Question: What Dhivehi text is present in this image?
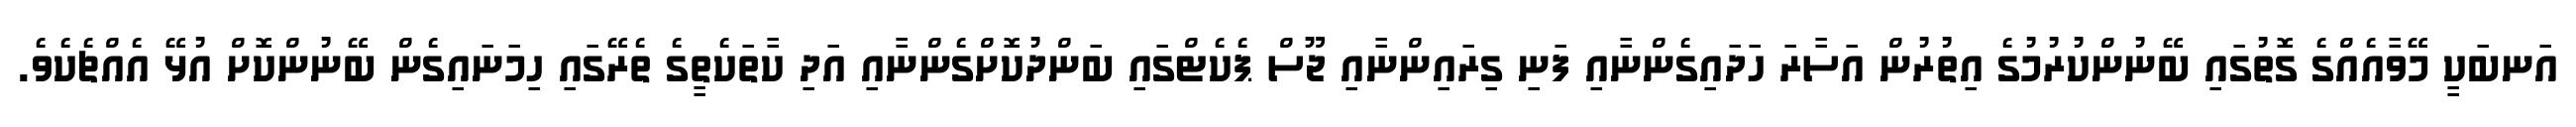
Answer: އަނބަކީ މޭވާއެއްގެ ގޮތުގައި ބޭނުންކުރުމުގެ އިތުރުން އަސާރަ ހަދައިގެންނާއި ފަނި ގިރައިންނާއި ޖޫސް ޕެކެޓްގައި ބަންދުކޮށްގެންނާއި އަދި ކާތަކެތީގެ ތެރޭގައި ހިމަނައިގެން ބޭނުންކޮށް އުޅޭ އެއްޗެކެވެ.